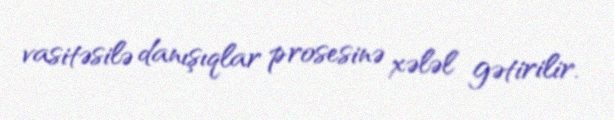
vasitəsilə danışıqlar prosesinə xələl gətirilir.